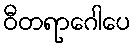
ဝီတရာဂေါပေ